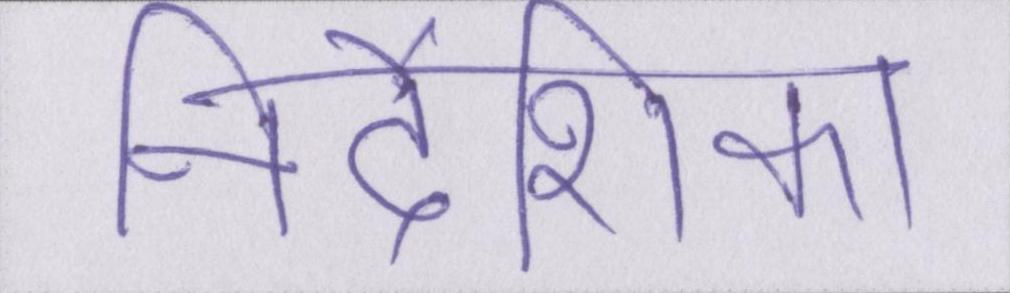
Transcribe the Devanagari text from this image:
निर्देशिका